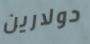
دولارين